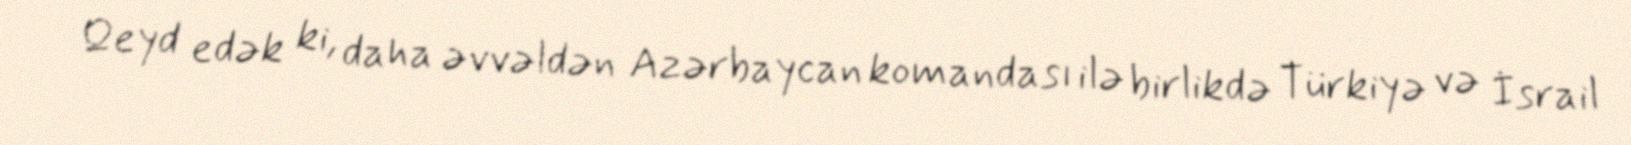
Qeyd edək ki, daha əvvəldən Azərbaycan komandası ilə birlikdə Türkiyə və İsrail